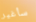
سأغير